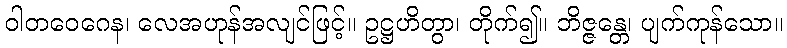
ဝါတဝေဂေန၊ လေအဟုန်အလျင်ဖြင့်။ ဥဋ္ဌဟိတွာ၊ တိုက်၍။ ဘိဇ္ဇန္တေ၊ ပျက်ကုန်သော။